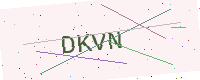
Text: DKVN